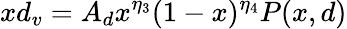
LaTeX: xd_{v}=A_{d}x^{\eta_{3}}(1-x)^{\eta_{4}}P(x,d)